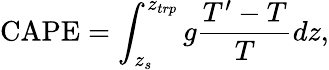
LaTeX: \textrm{CAPE}=\int_{z_{s}}^{z_{trp}}g\frac{T^{\prime}-T}{T}dz,